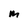
Character: m